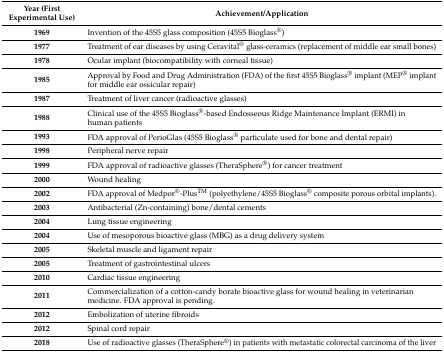
| Year (First Experimental Use) | Achievement/Application |
 | --- | --- |
 | 1969 | Invention of the 45S5 glass composition (45S5 Bioglass®) |
 | 1977 | Treatment of ear diseases by using Ceravital® glass-ceramics (replacement of middle ear small bones) |
 | 1978 | Ocular implant (biocompatibility with corneal tissue) |
 | 1985 | Approval by Food and Drug Administration (FDA) of the first 45S5 Bioglass® implant (MEP® implant for middle ear ossicular repair) |
 | 1987 | Treatment of liver cancer (radioactive glasses) |
 | 1988 | Clinical use of the 45S5 Bioglass®-based Endosseous Ridge Maintenance Implant (ERMI) in human patients |
 | 1993 | FDA approval of PerioGlas (45S5 Bioglass® particulate used for bone and dental repair) |
 | 1998 | Peripheral nerve repair |
 | 1999 | FDA approval of radioactive glasses (TheraSphere®) for cancer treatment |
 | 2000 | Wound healing |
 | 2002 | FDA approval of Medpor®-PlusTM (polyethylene/45S5 Bioglass® composite porous orbital implants). |
 | 2003 | Antibacterial (Zn-containing) bone/dental cements |
 | 2004 | Lung tissue engineering |
 | 2004 | Use of mesoporous bioactive glass (MBG) as a drug delivery system |
 | 2005 | Skeletal muscle and ligament repair |
 | 2005 | Treatment of gastrointestinal ulcers |
 | 2010 | Cardiac tissue engineering |
 | 2011 | Commercialization of a cotton-candy borate bioactive glass for wound healing in veterinarian medicine. FDA approval is pending. |
 | 2012 | Embolization of uterine fibroids |
 | 2012 | Spinal cord repair |
 | 2018 | Use of radioactive glasses (TheraSphere®) in patients with metastatic colorectal carcinoma of the liver |